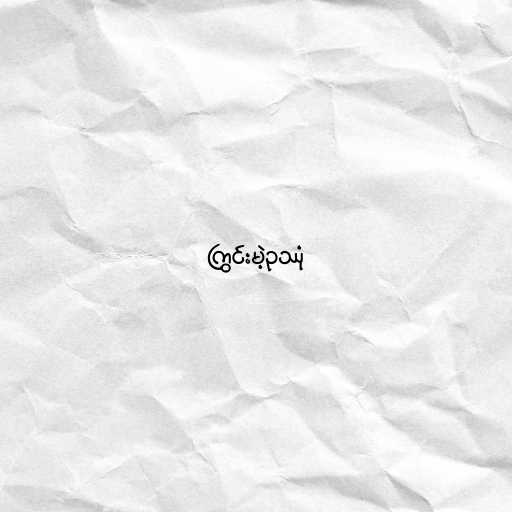
ကြွင်းမဲ့ဥဿုံ